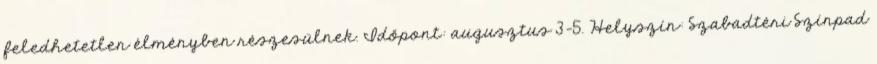
feledhetetlen élményben részesülnek. Időpont: augusztus 3–5. Helyszín: Szabadtéri Színpad